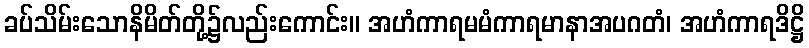
ခပ်သိမ်းသောနိမိတ်တို့၌လည်းကောင်း။ အဟံကာရမမံကာရမာနာအပဂတံ၊ အဟံကာရဒိဋ္ဌိ